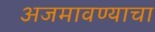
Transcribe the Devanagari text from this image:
अजमावण्याचा